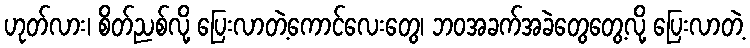
ဟုတ်လား၊ စိတ်ညစ်လို့ ပြေးလာတဲ့ကောင်လေးတွေ၊ ဘဝအခက်အခဲတွေတွေ့လို့ ပြေးလာတဲ့